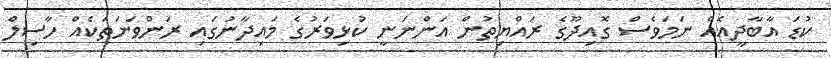
ކުޑަ އާބާދީއެއް ނަމަވެސް ގޮއިދޫގެ ރައްޔިތުން އަންނަނީ ކުޅިވަރުގެ މައިދާނުގައި ރަންވަނަތަކެއް ހާސިލް